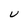
Character: U